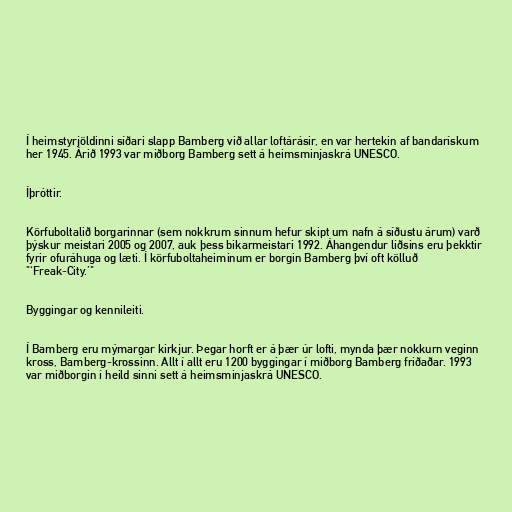
Í heimstyrjöldinni síðari slapp Bamberg við allar loftárásir, en var hertekin af bandarískum
her 1945. Árið 1993 var miðborg Bamberg sett á heimsminjaskrá UNESCO.

Íþróttir.

Körfuboltalið borgarinnar (sem nokkrum sinnum hefur skipt um nafn á síðustu árum) varð
þýskur meistari 2005 og 2007, auk þess bikarmeistari 1992. Áhangendur liðsins eru þekktir
fyrir ofuráhuga og læti. Í körfuboltaheiminum er borgin Bamberg því oft kölluð
"‘Freak-City.’"

Byggingar og kennileiti.

Í Bamberg eru mýmargar kirkjur. Þegar horft er á þær úr lofti, mynda þær nokkurn veginn
kross, Bamberg-krossinn. Allt í allt eru 1200 byggingar í miðborg Bamberg friðaðar. 1993
var miðborgin í heild sinni sett á heimsminjaskrá UNESCO.